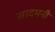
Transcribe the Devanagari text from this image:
सादमनी